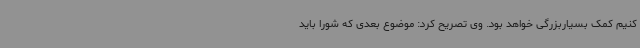
کنیم کمک بسیاربزرگی خواهد بود. وی تصریح کرد: موضوع بعدی که شورا باید